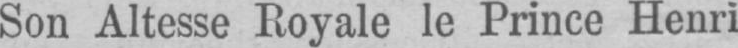
Son Altesse Royale le Prince Henri